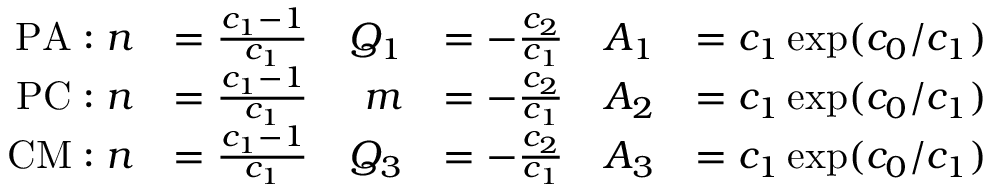
\begin{array} { r l r l r l } { \mathrm { P A } : n } & { = \frac { c _ { 1 } - 1 } { c _ { 1 } } } & { Q _ { 1 } } & { = - \frac { c _ { 2 } } { c _ { 1 } } } & { A _ { 1 } } & { = c _ { 1 } \exp ( c _ { 0 } / c _ { 1 } ) } \\ { \mathrm { P C } : n } & { = \frac { c _ { 1 } - 1 } { c _ { 1 } } } & { m } & { = - \frac { c _ { 2 } } { c _ { 1 } } } & { A _ { 2 } } & { = c _ { 1 } \exp ( c _ { 0 } / c _ { 1 } ) } \\ { \mathrm { C M } : n } & { = \frac { c _ { 1 } - 1 } { c _ { 1 } } } & { Q _ { 3 } } & { = - \frac { c _ { 2 } } { c _ { 1 } } } & { A _ { 3 } } & { = c _ { 1 } \exp ( c _ { 0 } / c _ { 1 } ) } \end{array}